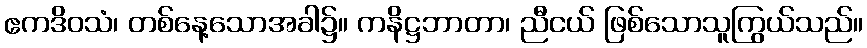
ဧကဒိဝသံ၊ တစ်နေ့သောအခါ၌။ ကနိဋ္ဌဘာတာ၊ ညီငယ် ဖြစ်သောသူကြွယ်သည်။